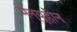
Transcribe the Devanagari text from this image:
मेन्यूहीन